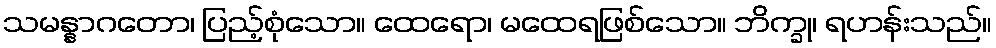
သမန္နာဂတော၊ ပြည့်စုံသော။ ထေရော၊ မထေရဖြစ်သော။ ဘိက္ခု၊ ရဟန်းသည်။